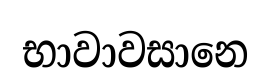
භාවාවසානෙ